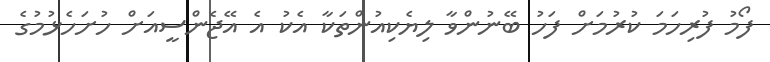
ފޯމު ފުރިހަމަ ކުރުމަށް ފަހު ބޭނުންވާ ލިޔެކިއުންތަކާ އެކު އެ އޭޖެންސީއަށް ހުށަހެޅުމުގެ